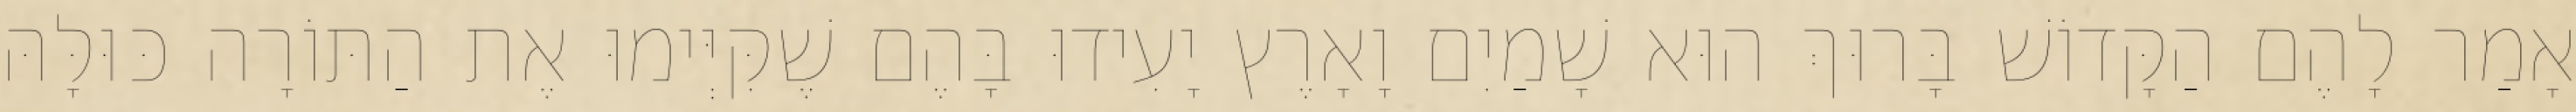
אָמַר לָהֶם הַקָּדוֹשׁ בָּרוּךְ הוּא שָׁמַיִם וָאָרֶץ יָעִידוּ בָּהֶם שֶׁקִּיְּימוּ אֶת הַתּוֹרָה כּוּלָּהּ